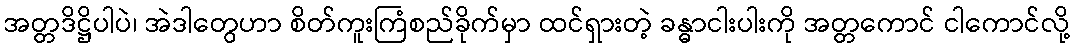
အတ္တဒိဋ္ဌိပါပဲ၊ အဲဒါတွေဟာ စိတ်ကူးကြံစည်ခိုက်မှာ ထင်ရှားတဲ့ ခန္ဓာငါးပါးကို အတ္တကောင် ငါကောင်လို့